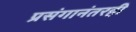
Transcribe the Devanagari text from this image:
प्रसंगानंतरही